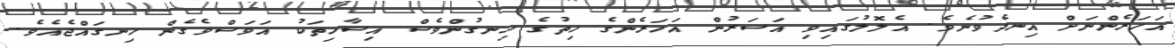
އަހަރެންނަށް އިނދެވުނެވެ. އެލޮލުގައިވި އަސަރުން އަހަރެންގެ ހިތުގެ ހިނގުންވެސް އިސާހިތަކު އަވަސްވެގެން ހިނގައްޖެއެވެ.